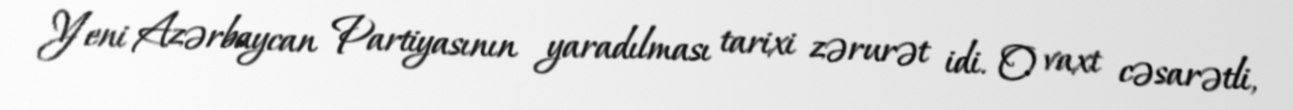
Yeni Azərbaycan Partiyasının yaradılması tarixi zərurət idi. O vaxt cəsarətli,